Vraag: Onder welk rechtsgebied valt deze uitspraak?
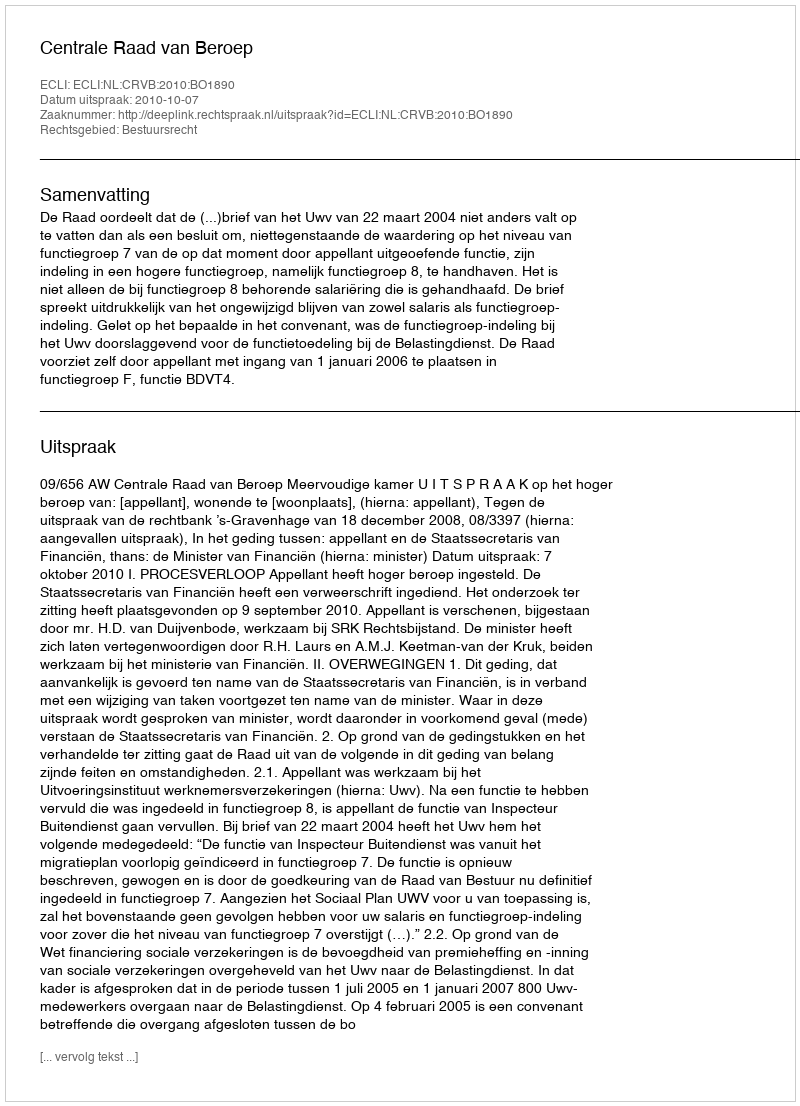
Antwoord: Bestuursrecht